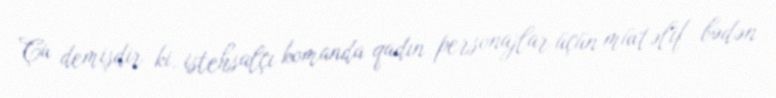
Çu demişdir ki, istehsalçı komanda qadın personajlar üçün müxtəlif bədən